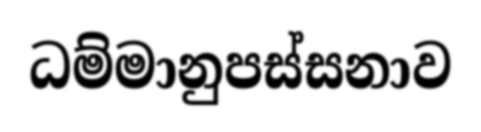
ධම්මානුපස්සනාව